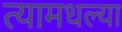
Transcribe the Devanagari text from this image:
त्यामधल्या